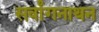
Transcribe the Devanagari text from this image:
सर्वांगनाथन